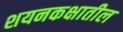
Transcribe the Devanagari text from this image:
शयनकक्षातील